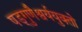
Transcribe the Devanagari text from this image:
षड्गुणैश्वर्ययुक्तो